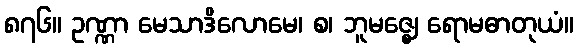
၈၇၆။ ဥဏ္ဏာ မေသာဒိလောမေ၊ စ၊ ဘူမဇ္ဈေ ရောမဓာတုယံ။